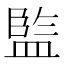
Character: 𭾋